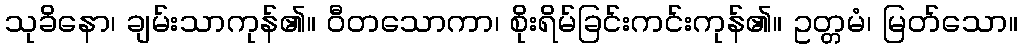
သုခိနော၊ ချမ်းသာကုန်၏။ ဝီတသောကာ၊ စိုးရိမ်ခြင်းကင်းကုန်၏။ ဥတ္တမံ၊ မြတ်သော။